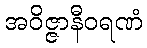
အဝိဇ္ဇာနီဝရဏံ